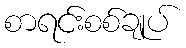
စာရင်းစစ်ချုပ်